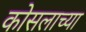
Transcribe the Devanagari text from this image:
कोसलाच्या